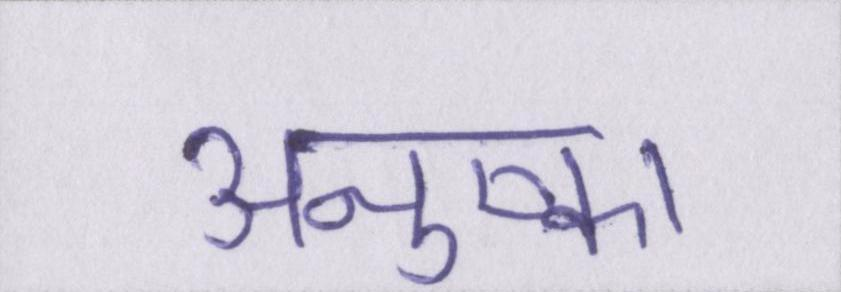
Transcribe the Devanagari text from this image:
अनुष्का